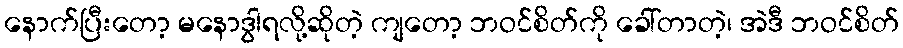
နောက်ပြီးတော့ မနောဒွါရလို့ဆိုတဲ့ ကျတော့ ဘဝင်စိတ်ကို ခေါ်တာတဲ့၊ အဲဒီ ဘဝင်စိတ်